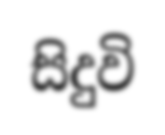
සිදුවි